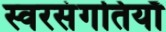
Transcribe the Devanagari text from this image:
स्वरसंगतियाँ